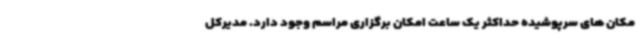
مکان های سرپوشیده حداکثر یک ساعت امکان برگزاری مراسم وجود دارد. مدیرکل